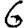
Digit: 6